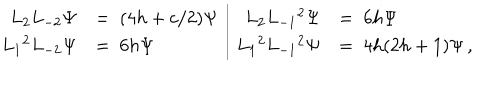
\begin{array} { r l | r l } { { L _ { 2 } L _ { - 2 } \Psi } } & { { = \ ( 4 h + c / 2 ) \Psi } } & { { L _ { 2 } L _ { - 1 } { } ^ { 2 } \Psi } } & { { = \ 6 h \Psi } } \\ { { L _ { 1 } { } ^ { 2 } L _ { - 2 } \Psi } } & { { = \ 6 h \Psi } } & { { L _ { 1 } { } ^ { 2 } L _ { - 1 } { } ^ { 2 } \Psi } } & { { = \ 4 h ( 2 h + 1 ) \Psi \, , } } \\ \end{array}